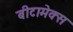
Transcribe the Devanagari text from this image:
बीटामेक्स